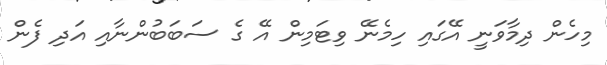
މިހެން ދިމާވަނީ އޭގައި ހިމެނޭ ވިޓަމިން އޭ ގެ ސަބަބުންނާއި އަދި ފެން